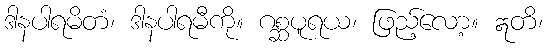
ဒါနပါရမိတံ၊ ဒါနပါရမီကို။ ဂစ္ဆပူရယ၊ ဖြည့်လော့။ ဣတိ၊